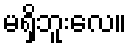
မရှိဘူးလေ။